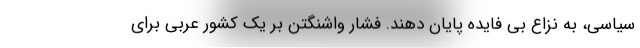
سیاسی، به نزاع بی فایده پایان دهند. فشار واشنگتن بر یک کشور عربی برای